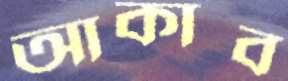
আকাব